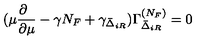
( \mu \frac { \partial \phantom { a } } { \partial \mu } - \gamma N _ { F } + \gamma _ { \bar { \Delta } _ { i R } } ) \Gamma _ { \bar { \Delta } _ { i R } } ^ { ( N _ { F } ) } = 0